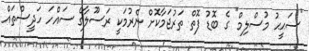
"ސަޙީޙު މުސްލިމް" ގެ ބޮޑު ފޮތް ތަރުޖަމާކޮށް ނެރުމަކީ ރަސޫލާގެ ސައްހަ ހަދީސްތައް